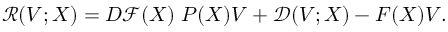
\mathcal { R } ( V ; X ) = D \mathcal { F } ( X ) ~ P ( X ) V + \mathcal { D } ( V ; X ) - F ( X ) V .